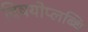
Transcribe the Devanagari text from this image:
विषयोप्लब्धि